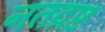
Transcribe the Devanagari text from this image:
नतद्रष्ट